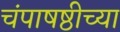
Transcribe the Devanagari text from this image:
चंपाषष्ठीच्या